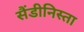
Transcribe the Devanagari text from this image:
सैंडीनिस्ता